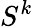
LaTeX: S^{k}